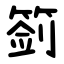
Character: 䈩